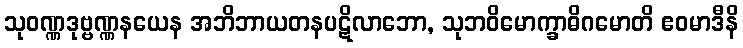
သုဝဏ္ဏဒုဗ္ဗဏ္ဏနယေန အဘိဘာယတနပဋိလာဘော, သုဘဝိမောက္ခာဓိဂမောတိ ဧဝမာဒီနိ